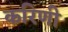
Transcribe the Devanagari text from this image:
करिणी